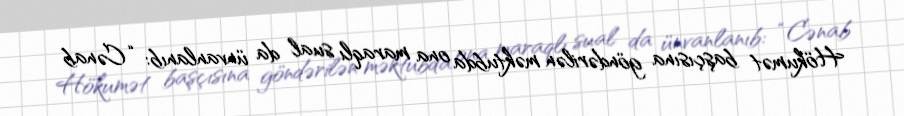
Hökumət başçısına göndərilən məktubda ona maraqlı sual da ünvanlanıb: “Cənab